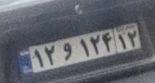
۱۲و۱۲۴۱۲